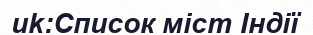
uk:Список міст Індії